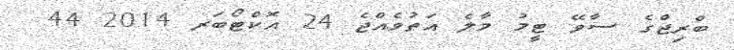
ބްރިޖްގެ ސާވޭ ޓީމު މާލެ އަތުވެއްޖެ 24 އޮކްޓޯބަރ 2014 44